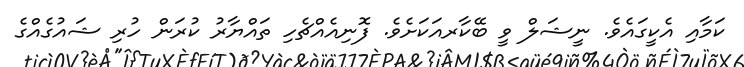
ކަމާއި އެކީގައެވެ. ނީޝަލް ވީ ބޭކާރއަކަށެވެ. ފޮނިއެއްޗެހި ތައްޔާރު ކުރަން ހުރި ޝައުގެއްގެ